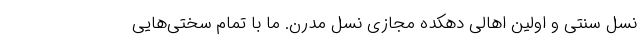
نسل سنتی و اولین اهالی دهکده مجازی نسل مدرن. ما با تمام سختی‌هایی